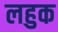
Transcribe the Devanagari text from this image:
लहुक